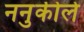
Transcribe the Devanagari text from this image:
ननुकीले